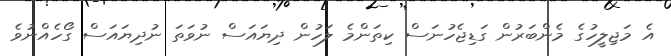
އެ މަޖިލީހުގެ މެންބަރުން ގަޑިޖެހުނަސް ކިތަންމެ ލަހުން ދިޔައަސް ނުވަތަ ނުދިޔައަސް ގޯހެއްނުވެ